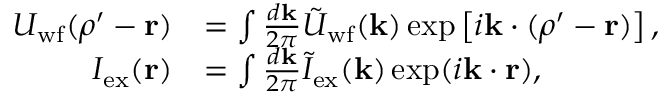
\begin{array} { r l } { U _ { \mathrm { w f } } ( \boldsymbol { \rho ^ { \prime } } - \mathbf { r } ) } & { = \int \frac { d \mathbf { k } } { 2 \pi } \tilde { U } _ { \mathrm { w f } } ( \mathbf { k } ) \exp \left[ i \mathbf { k } \cdot ( \boldsymbol { \rho ^ { \prime } } - \mathbf { r } ) \right] , } \\ { I _ { \mathrm { e x } } ( \mathbf { r } ) } & { = \int \frac { d \mathbf { k } } { 2 \pi } \tilde { I } _ { \mathrm { e x } } ( \mathbf { k } ) \exp ( i \mathbf { k } \cdot \mathbf { r } ) , } \end{array}